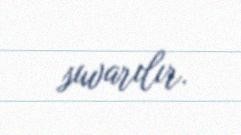
suvarılır.